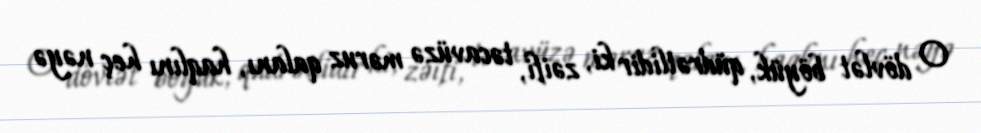
O dövlət böyük, qüdrətlidir ki, zəifi, təcavüzə məruz qalanı, haqlını heç nəyə